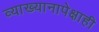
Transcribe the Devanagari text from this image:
व्याख्यानापेक्षाही